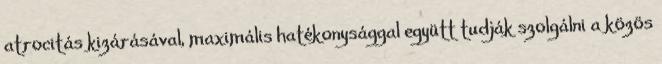
atrocitás kizárásával, maxi­má­lis haté­kony­sággal együtt tudják szolgálni a közös